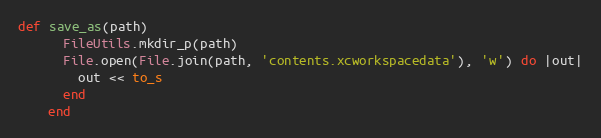
Language: Ruby
def save_as(path)
      FileUtils.mkdir_p(path)
      File.open(File.join(path, 'contents.xcworkspacedata'), 'w') do |out|
        out << to_s
      end
    end